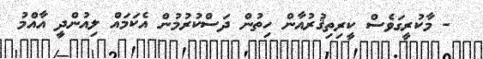
- މާކުރީގަވެސް ކީރިތިޤުރުއާން ހިތުން ދަސްކުރުމުން އެކަމައް ލިއުންދީ އާއްމު